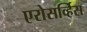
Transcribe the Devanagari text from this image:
एरोसर्व्हिस